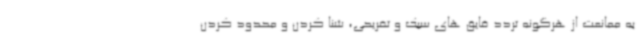
به ممانعت از هرگونه تردد قایق های سبک و تفریحی، شنا کردن و محدود کردن